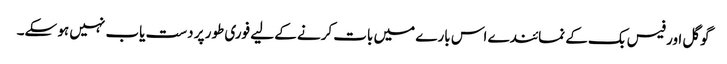
گوگل اور فیس بک کے نمائندے اس بارے میں بات کرنے کے لیے فوری طور پر دست یاب نہیں ہو سکے۔